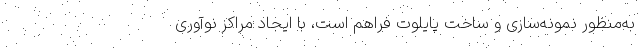
به‌منظور نمونه‌سازی و ساخت پایلوت فراهم است، با ایجاد مراکز نوآوری